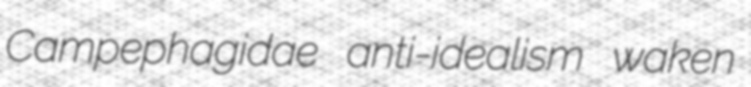
Campephagidae anti-idealism waken